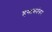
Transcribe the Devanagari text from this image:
हस्तकांवर